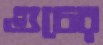
গুচের